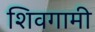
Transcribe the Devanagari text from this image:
शिवगामी